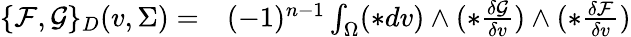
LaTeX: \begin{array}{rl}{\{ \mathcal{F},\mathcal{G}\} _{D}(v,\Sigma)=}&{{}(-1)^{n-1}\int_{\Omega}(\ast dv)\wedge(\ast\frac{\delta\mathcal{G}}{\delta v})\wedge(\ast\frac{\delta\mathcal{F}}{\delta v})}\end{array}